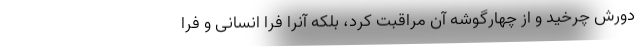
دورش چرخید و از چهارگوشه آن مراقبت کرد، بلکه آنرا فرا انسانی و فرا